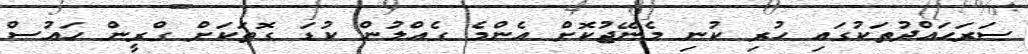
ސަރަހައްދުތަކުގައި ހުރި ކުނި މެނޭޖުކޮށް އެންމެ ގެއްލުން ކުޑަ ގޮތަކަށް ގްރީން ހައުސް